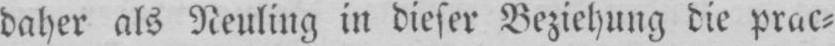
daher als Neuling in dieser Beziehung die prac⸗